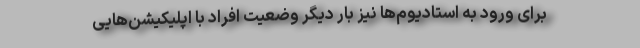
برای ورود به استادیوم‌ها نیز بار دیگر وضعیت افراد با اپلیکیشن‌هایی